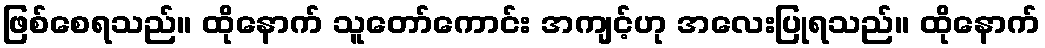
ဖြစ်စေရသည်။ ထိုနောက် သူတော်ကောင်း အကျင့်ဟု အလေးပြုရသည်။ ထိုနောက်